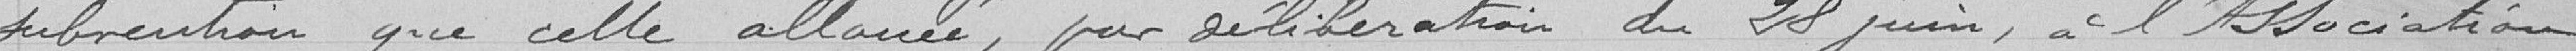
subvention que celle allouée, par délibération du 28 juin, à l'Association